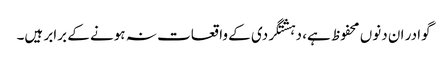
گوادر ان دنوں محفوظ ہے، دہشتگردی کے واقعات نہ ہونے کے برابر ہیں۔